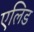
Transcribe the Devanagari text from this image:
एलिड